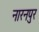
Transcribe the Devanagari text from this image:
नारनपुर